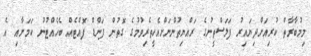
މިމުބާރާތް ކުރިއަށްދިޔައިރު ފަލަސްތީނުގެ ރައްޔިތުންނަށްއެހީތެރިވުމުގެ ގޮތުން ފަންޑް ފޮއްޓެއް ބެހެއްޓުނު ކަމަށާއި އެ